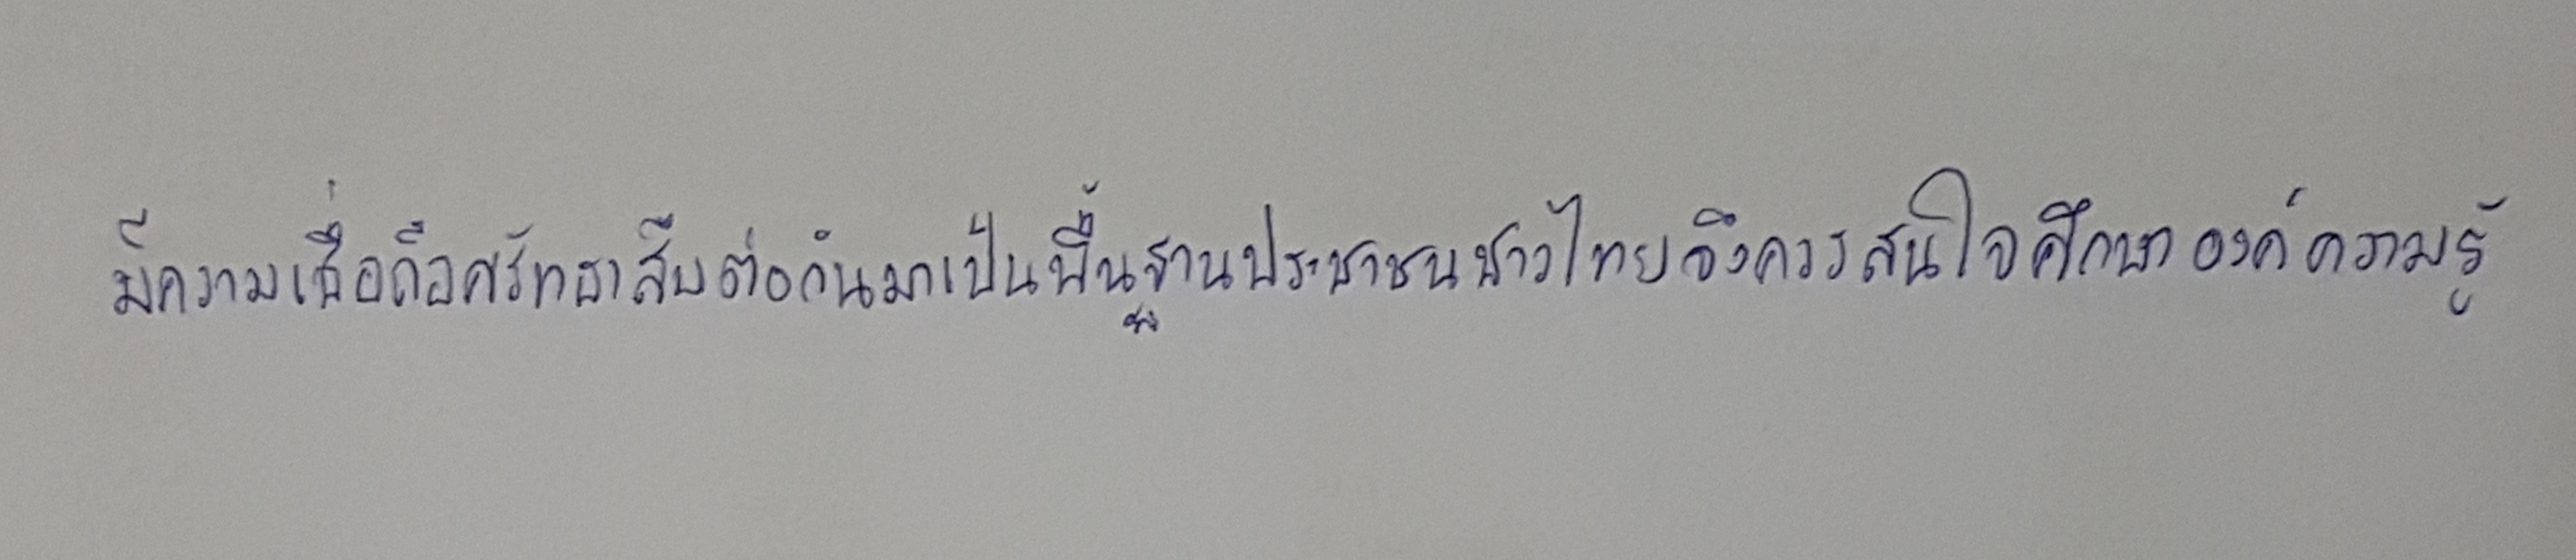
มีความเชื่อถือศรัทธาสืบต่อกันมาเป็นพื้นฐานประชาชนชาวไทยจึงควรสนใจศึกษาองค์ความรู้